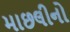
માછલીનો